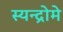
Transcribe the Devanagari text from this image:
स्यन्द्रोमे